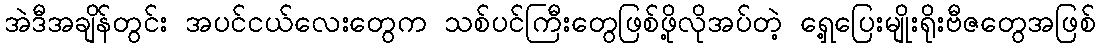
အဲဒီအချိန်တွင်း အပင်ငယ်လေးတွေက သစ်ပင်ကြီးတွေဖြစ်ဖို့လိုအပ်တဲ့ ရှေ့ပြေးမျိုးရိုးဗီဇတွေအဖြစ်